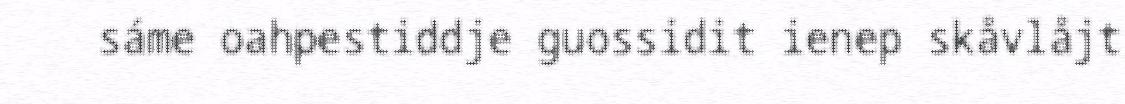
sáme oahpestiddje guossidit ienep skåvlåjt